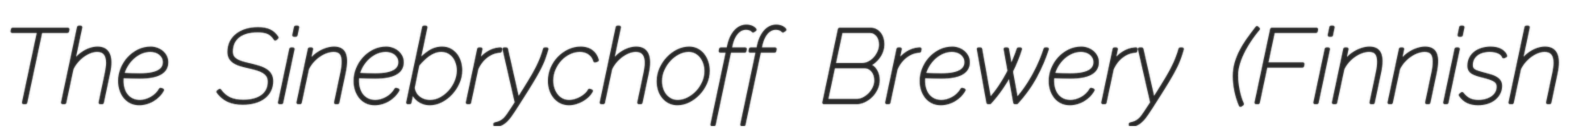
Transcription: The Sinebrychoff Brewery (Finnish